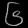
Digit: ၆